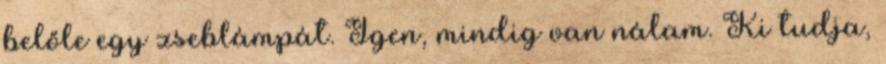
belőle egy zseblámpát. Igen, mindig van nálam. Ki tudja,